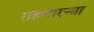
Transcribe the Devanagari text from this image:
राहणारऱ्या